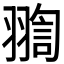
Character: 𦑟